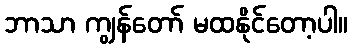
ဘာသာ ကျွန်တော် မထနိုင်တော့ပါ။